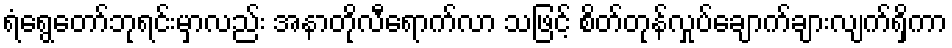
ရံရွေတော်ဘုရင်းမှာလည်း အနာတိုလီရောက်လာ သဖြင့် စိတ်တုန်လှုပ်ချောက်ချားလျက်ရှိကာ